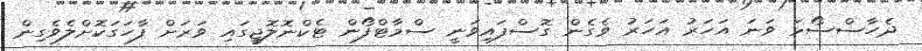
ދެހާސްސޯޅަ ވަނަ އަހަރު އަހަރު ވެގެން ގޮސްފައިވަނީ ސްމާޓްފޯން ޓެކްނޮލޮޖީގައި ވަރަށް ފާހަގަކޮށްލެވެގިން